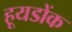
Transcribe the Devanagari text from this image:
हूयडोंक